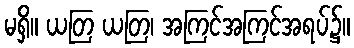
မရှိ။ ယတြ ယတြ၊ အကြင်အကြင်အရပ်၌။